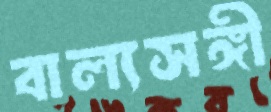
বাল্যসঙ্গী